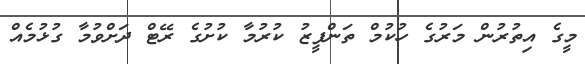
މީގެ އިތުރުން މަރުގެ ހުކުމް ތަންފީޒު ކުރުމާ ކުށުގެ ރޭޓް ދަށްވުމާ ގުޅުމެއް